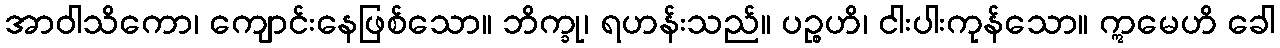
အာဝါသိကော၊ ကျောင်းနေဖြစ်သော။ ဘိက္ခု၊ ရဟန်းသည်။ ပဉ္စဟိ၊ ငါးပါးကုန်သော။ ဣမေဟိ ခေါ